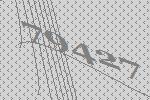
79427